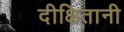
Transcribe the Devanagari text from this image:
दीक्षितानी